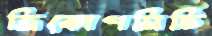
ত্রিকোণমিতি